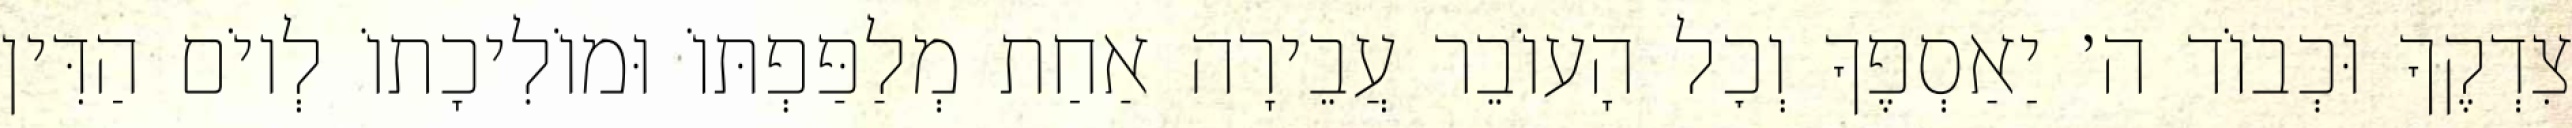
צִדְקֶךָ וּכְבוֹד ה׳ יַאַסְפֶךָ וְכׇל הָעוֹבֵר עֲבֵירָה אַחַת מְלַפַּפְתּוֹ וּמוֹלִיכָתוֹ לְיוֹם הַדִּין